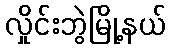
လှိုင်းဘွဲမြို့နယ်